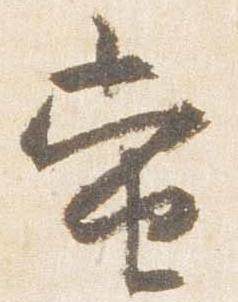
当